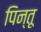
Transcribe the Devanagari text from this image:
पिन्तू